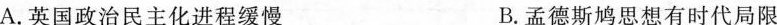
A.英国政治民主化进程缓慢 B.孟德斯鸠思想有时代局限